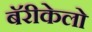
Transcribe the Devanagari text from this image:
बॅरीकेलो